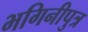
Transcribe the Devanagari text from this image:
भगिनीपुत्र